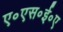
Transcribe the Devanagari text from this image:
ए॰एस॰ई॰ए